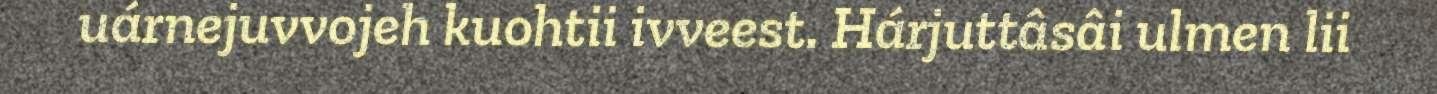
uárnejuvvojeh kuohtii ivveest. Hárjuttâsâi ulmen lii